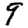
Digit: 9